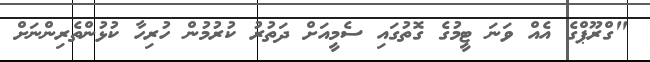
"ގްރޫޕްގެ އެއް ވަނަ ޓީމުގެ ގޮތުގައި ސެމީއަށް ދަތުރު ކުރުމުން ހުރިހާ ކުޅުންތެރިންނަށް